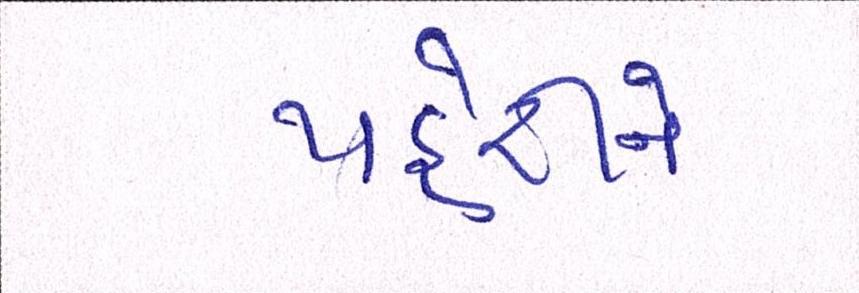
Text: પહેરીને